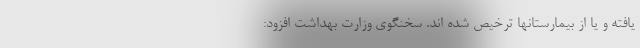
یافته و یا از بیمارستانها ترخیص شده اند. سخنگوی وزارت بهداشت افزود: